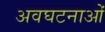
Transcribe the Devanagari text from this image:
अवघटनाओं